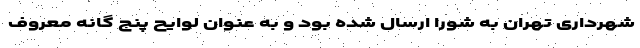
شهرداری تهران به شورا ارسال شده بود و به عنوان لوایح پنج گانه معروف